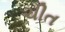
ચીત